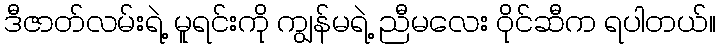
ဒီဇာတ်လမ်းရဲ့ မူရင်းကို ကျွန်မရဲ့ ညီမလေး ဝိုင်ဆီက ရပါတယ်။